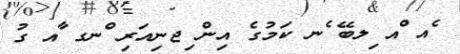
ެއ ްއ ިލބޭ ެނ ކަމުގެ އިން ިޖނިއަރި ްނގ ާއ ގު